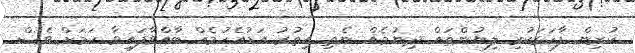
ކުރިން ފާހަގަކުރި ލިޔުންތައް ދިނުމެއް ނެތި އިތުރު އަޑުއެހުމެއް ބާއްވާފައިވާ ކަމަށް ވެސް